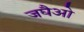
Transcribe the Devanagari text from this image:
जघैओ